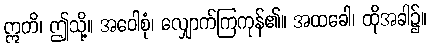
ဣတိ၊ ဤသို့။ အဝေါစုံ၊ လျှောက်ကြကုန်၏။ အထခေါ၊ ထိုအခါ၌။